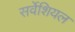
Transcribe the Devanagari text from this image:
सर्वेशियल